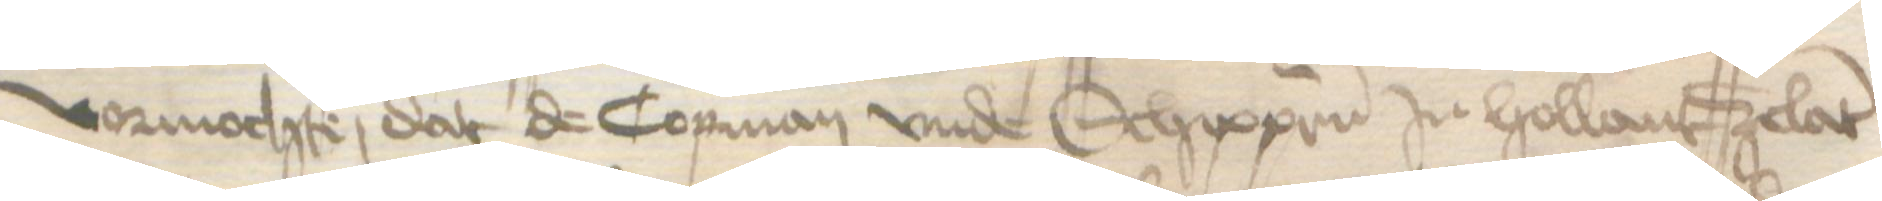
vormochte, dat de Copman vnde Schippern in Hollant Zelant